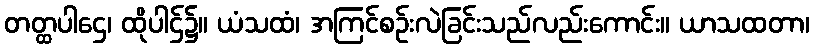
တတ္ထပါဌေ၊ ထိုပါဌ်၌။ ယံသထံ၊ အကြင်စဉ်းလဲခြင်းသည်လည်းကောင်း။ ယာသထတာ၊